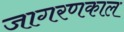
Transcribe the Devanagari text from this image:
जागरणकाल